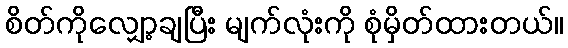
စိတ်ကိုလျှော့ချပြီး မျက်လုံးကို စုံမှိတ်ထားတယ်။